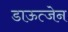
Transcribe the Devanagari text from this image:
डाऊत्जेन